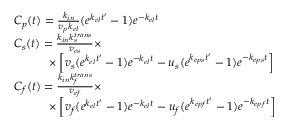
\begin{array} { r l } & { C _ { p } ( t ) = \frac { k _ { i n } } { v _ { p } k _ { e l } } ( e ^ { k _ { e l } t ^ { \prime } } - 1 ) e ^ { - k _ { e l } t } } \\ & { C _ { s } ( t ) = \frac { k _ { i n } k _ { s } ^ { t r a n s } } { v _ { e s } } \times } \\ & { \qquad \quad \times \left[ v _ { s } ( e ^ { k _ { e l } t ^ { \prime } } - 1 ) e ^ { - k _ { e l } t } - u _ { s } ( e ^ { k _ { e p s } t ^ { \prime } } - 1 ) e ^ { - k _ { e p s } t } \right] } \\ & { C _ { f } ( t ) = \frac { k _ { i n } k _ { f } ^ { t r a n s } } { v _ { e f } } \times } \\ & { \qquad \quad \times \left[ v _ { f } ( e ^ { k _ { e l } t ^ { \prime } } - 1 ) e ^ { - k _ { e l } t } - u _ { f } ( e ^ { k _ { e p f } t ^ { \prime } } - 1 ) e ^ { - k _ { e p f } t } \right] } \end{array}